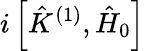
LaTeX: i\left[\hat{K}^{(1)},\hat{H}_{0}\right]